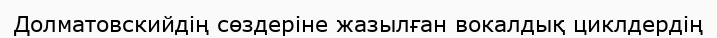
Долматовскийдің сөздеріне жазылған вокалдық циклдердің